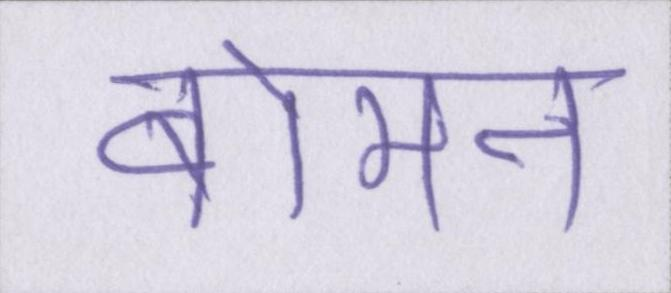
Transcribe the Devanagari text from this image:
बोमन